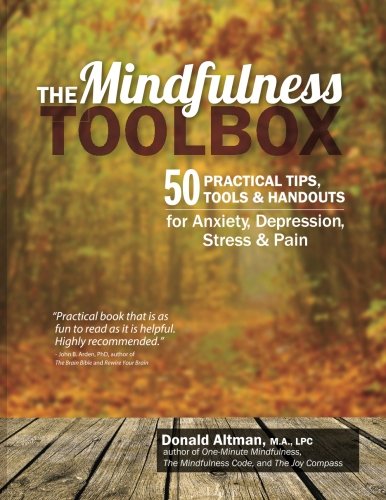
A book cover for The Mindfulness Toolbox: 50 Practical Tips, Tools & Handouts for Anxiety, Depression, Stress & Pain; Donald Altman; Medical Books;